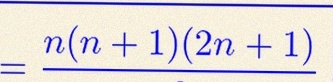
\sum_{i=1}^{n}i^2=\frac{n(n+1)(2n+1)}6